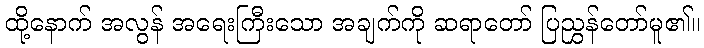
ထို့နောက် အလွန် အရေးကြီးသော အချက်ကို ဆရာတော် ပြညွှန်တော်မူ၏။